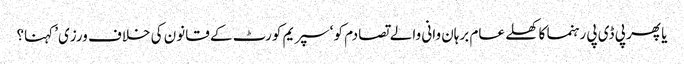
یا پھر پی ڈی پی رہنما کا کھلے عام برہان وانی والے تصادم کو ‘سپریم کورٹ کے قانون کی خلاف ورزی’ کہنا؟